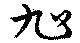
旭